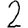
Digit: 2